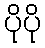
ပိုပို